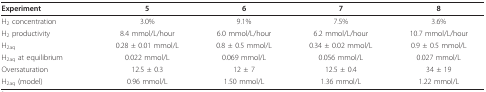
| Experiment | 5 | 6 | 7 | 8 |
 | --- | --- | --- | --- | --- |
 | H2 concentration | 3.0% | 9.1% | 7.5% | 3.6% |
 | H2 productivity | 8.4 mmol/L/hour | 6.0 mmol/L/hour | 6.2 mmol/L/hour | 10.7 mmol/L/hour |
 | H2aq | 0.28 ± 0.01 mmol/L | 0.8 ± 0.5 mmol/L | 0.34 ± 0.02 mmol/L | 0.9 ± 0.5 mmol/L |
 | H2aq at equilibrium | 0.022 mmol/L | 0.069 mmol/L | 0.056 mmol/L | 0.027 mmol/L |
 | Oversaturation | 12.5 ± 0.3 | 12 ± 7 | 12.5 ± 0.4 | 34 ± 19 |
 | H2aq (model) | 0.96 mmol/L | 1.50 mmol/L | 1.36 mmol/L | 1.22 mmol/L |